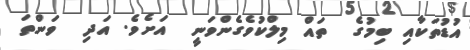
އުޑުތަކާއި ބިމުގެ  ތައް މިލްކުވެގެންވަނީ  އަށެވެ. އަދި  ވަންތަ